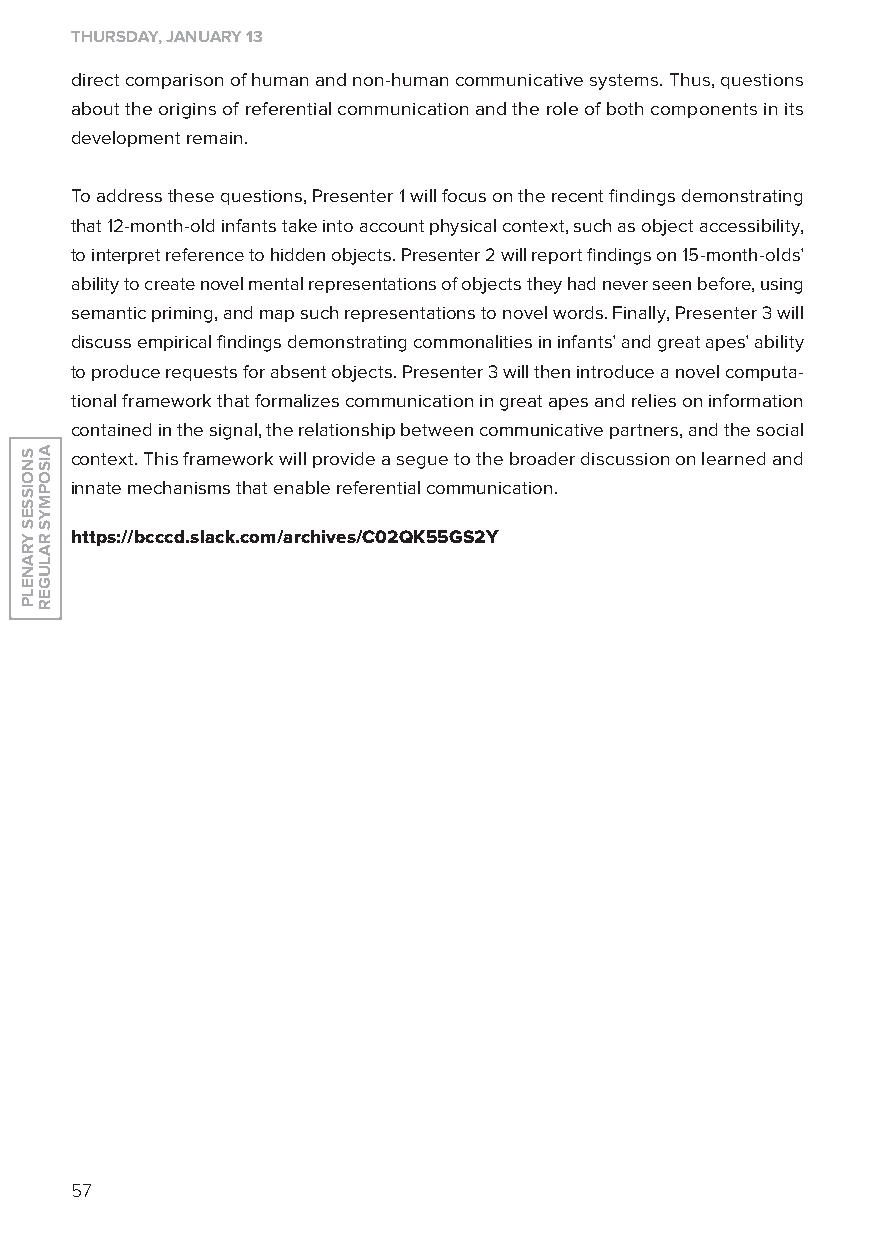
THurSdAy, JAnuAry 13
 direct comparison of human and non-human communicative systems. Thus, questions
 about the origins of referential communication and the role of both components in its
 development remain.
 To address these questions, Presenter 1 will focus on the recent findings demonstrating
 that 12-month-old infants take into account physical context, such as object accessibility,
 to interpret reference to hidden objects. Presenter 2 will report findings on 15-month-olds’
 ability to create novel mental representations of objects they had never seen before, using
 semantic priming, and map such representations to novel words. Finally, Presenter 3 will
 discuss empirical findings demonstrating commonalities in infants’ and great apes’ ability
 to produce requests for absent objects. Presenter 3 will then introduce a novel computa-
 tional framework that formalizes communication in great apes and relies on information
 contained in the signal, the relationship between communicative partners, and the social
 context. This framework will provide a segue to the broader discussion on learned and
 innate mechanisms that enable referential communication.
 https://bcccd.slack.com/archives/C02Qk55Gs2y
 57
 SnoiSSeS
 yranelP
 aiSoPMyS
 ralUGer